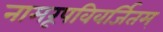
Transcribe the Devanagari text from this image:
नामरूपविवर्जितम्